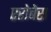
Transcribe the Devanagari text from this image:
एरोबेस